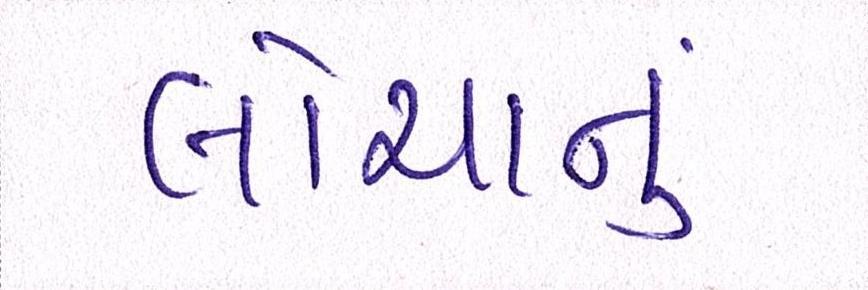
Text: લોચાનું